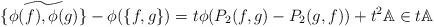
LaTeX: \begin{align*}\widetilde{\{\phi(f) ,\phi(g) \}} - \phi(\{f,g\})= t \phi(P_2(f,g) -P_2(g, f)) +t^2\mathbb{A} \in t\mathbb{A}\end{align*}